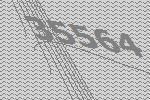
35564